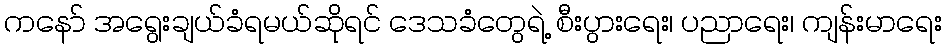
ကနော် အရွေးချယ်ခံရမယ်ဆိုရင် ဒေသခံတွေရဲ့ စီးပွားရေး၊ ပညာရေး၊ ကျန်းမာရေး